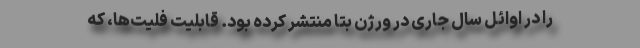
را در اوائل سال جاری در ورژن بتا منتشر کرده بود. قابلیت فلیت‌ها، که